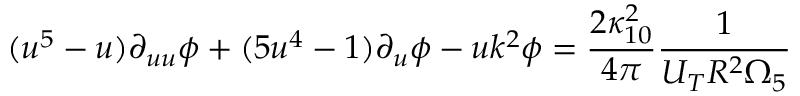
( u ^ { 5 } - u ) \partial _ { u u } \phi + ( 5 u ^ { 4 } - 1 ) \partial _ { u } \phi - u k ^ { 2 } \phi = \frac { 2 \kappa _ { 1 0 } ^ { 2 } } { 4 \pi } \frac { 1 } { U _ { T } R ^ { 2 } \Omega _ { 5 } }